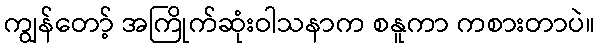
ကျွန်တော့် အကြိုက်ဆုံးဝါသနာက စနူကာ ကစားတာပဲ။